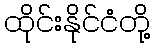
ထိုင်းနိုင်ငံတို့